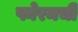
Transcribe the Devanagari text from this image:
फोरमची